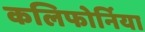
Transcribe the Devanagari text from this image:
कलिफोर्निया